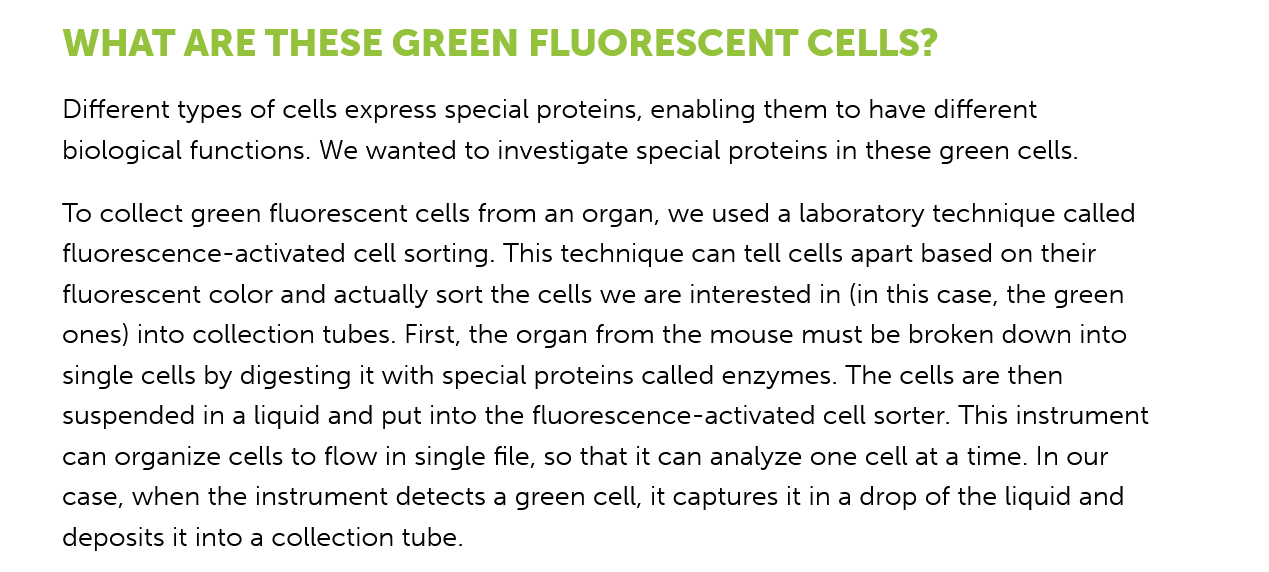
To collect green fluorescent cells from an organ, we used a laboratory technique called
     fluorescence-activated cell sorting. This technique can tell cells apart based on their
     fluorescent color and actually sort the cells we are interested in (in this case, the green
     ones) into collection tubes. First, the organ from the mouse must be broken down into
     single cells by digesting it with special proteins called enzymes. The cells are then
     suspended in a liquid and put into the fluorescence-activated cell sorter. This instrument
     can organize cells to flow in single file, so that it can analyze one cell at a time. In our
     case, when the instrument detects a green cell, it captures it in a drop of the liquid and
     deposits it into a collection tube.
     Different types of cells express special proteins, enabling them to have different
     biological functions. We wanted to investigate special proteins in these green cells.
     WHAT  ARE    THESE    GREEN    FLUORESCENT    CELLS?